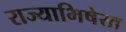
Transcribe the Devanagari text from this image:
राज्याभिषेख